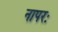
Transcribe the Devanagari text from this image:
नापरः